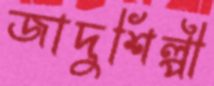
জাদুশিল্পী